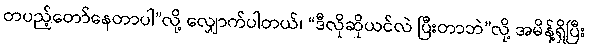
တပည့်တော်နေတာပါ”လို့ လျှောက်ပါတယ်၊ “ဒီလိုဆိုယင်လဲ ပြီးတာဘဲ”လို့ အမိန့်ရှိပြီး